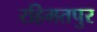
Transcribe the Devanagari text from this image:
रहिमतपुर